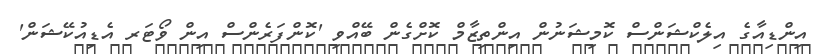
އިންޑިއާގެ އިލެކްޝަންސް ކޮމިޝަނުން އިންތިޒާމް ކޮށްގެން ބޭއްވި 'ކޮންފަރެންސް އިން ވޯޓަރ އެޑިއުކޭޝަން'